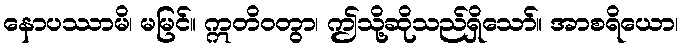
နောပဿာမိ၊ မမြင်။ ဣတိဝတွာ၊ ဤသို့ဆိုသည်ရှိသော်။ အာစရိယော၊